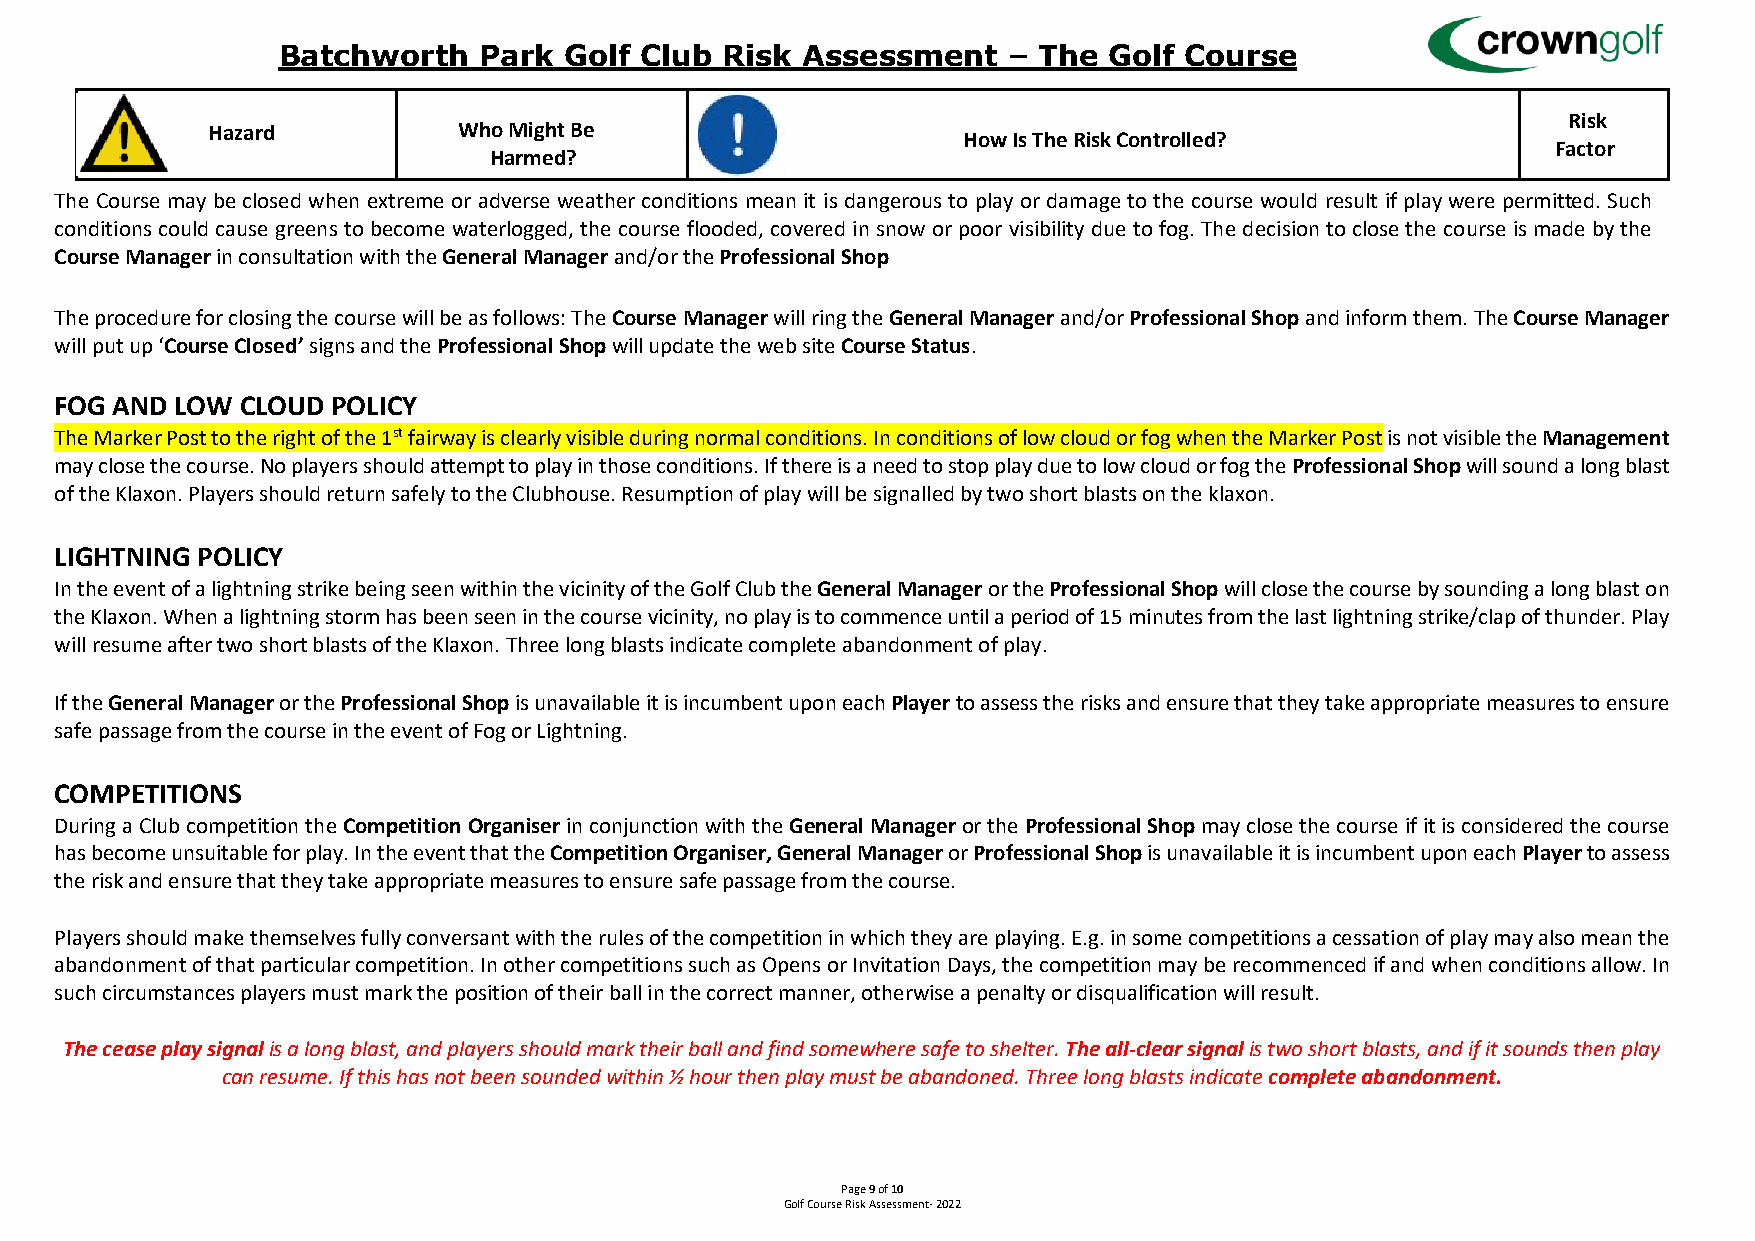
Batchworth    Park Golf Club  Risk Assessment    – The Golf Course
 Risk
 Hazard          Who Might Be
 How Is The Risk Controlled?
 Factor
 Harmed?
 The Course may be closed when extreme or adverse weather conditions mean it is dangerous to play or damage to the course would result if play were permitted. Such
 conditions could cause greens to become waterlogged, the course flooded, covered in snow or poor visibility due to fog. The decision to close the course is made by the
 Course Manager in consultation with the General Manager and/or the Professional Shop
 The procedure for closing the course will be as follows: The Course Manager will ring the General Manager and/or Professional Shop and inform them. The Course Manager
 will put up ‘Course Closed’ signs and the Professional Shop will update the web site Course Status.
 FOG AND LOW CLOUD POLICY
 The Marker Post to the right of the 1st fairway is clearly visible during normal conditions. In conditions of low cloud or fog when the Marker Post is not visible the Management
 may close the course. No players should attempt to play in those conditions. If there is a need to stop play due to low cloud or fog the Professional Shop will sound a long blast
 of the Klaxon. Players should return safely to the Clubhouse. Resumption of play will be signalled by two short blasts on the klaxon.
 LIGHTNING POLICY
 In the event of a lightning strike being seen within the vicinity of the Golf Club the General Manager or the Professional Shop will close the course by sounding a long blast on
 the Klaxon. When a lightning storm has been seen in the course vicinity, no play is to commence until a period of 15 minutes from the last lightning strike/clap of thunder. Play
 will resume after two short blasts of the Klaxon. Three long blasts indicate complete abandonment of play.
 If the General Manager or the Professional Shop is unavailable it is incumbent upon each Player to assess the risks and ensure that they take appropriate measures to ensure
 safe passage from the course in the event of Fog or Lightning.
 COMPETITIONS
 During a Club competition the Competition Organiser in conjunction with the General Manager or the Professional Shop may close the course if it is considered the course
 has become unsuitable for play. In the event that the Competition Organiser, General Manager or Professional Shop is unavailable it is incumbent upon each Player to assess
 the risk and ensure that they take appropriate measures to ensure safe passage from the course.
 Players should make themselves fully conversant with the rules of the competition in which they are playing. E.g. in some competitions a cessation of play may also mean the
 abandonment of that particular competition. In other competitions such as Opens or Invitation Days, the competition may be recommenced if and when conditions allow. In
 such circumstances players must mark the position of their ball in the correct manner, otherwise a penalty or disqualification will result.
 The cease play signal is a long blast, and players should mark their ball and find somewhere safe to shelter. The all-clear signal is two short blasts, and if it sounds then play
 can resume. If this has not been sounded within ½ hour then play must be abandoned. Three long blasts indicate complete abandonment.
 Page 9 of 10
 Golf Course Risk Assessment- 2022